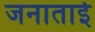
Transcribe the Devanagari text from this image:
जनाताई